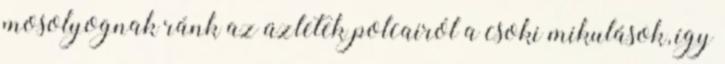
mosolyognak ránk az üzletek polcairól a csoki mikulások, így